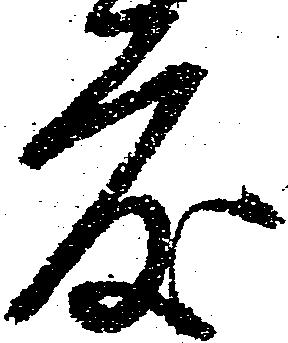
度